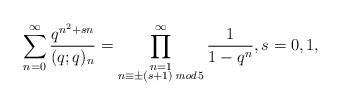
\begin{align*}\sum_{n=0}^{\infty} \frac{ q^{n^2 + sn} }{ (q; q)_n }= \prod_{\begin{subarray}{c} n=1 \\ n \equiv \pm (s+1) \, \textit{mod} \, 5 \end{subarray}}^{\infty}\frac{1}{1-q^n}, s = 0, 1,\end{align*}